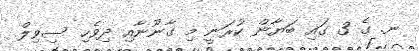
ނ. ގެ 3 ގައި ބަޔާން ކުރަނީ މި ގާނޫނާއި ދިވެހި ސިވިލް